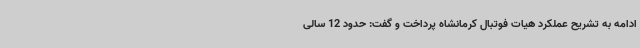
ادامه به تشریح عملکرد هیات فوتبال کرمانشاه پرداخت و گفت: حدود 12 سالی